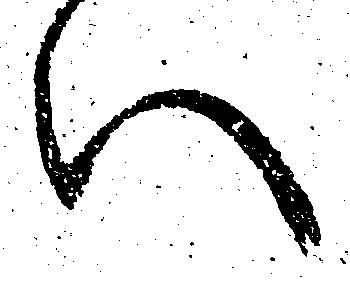
い